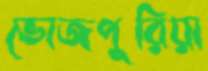
ভোজপুরিয়া